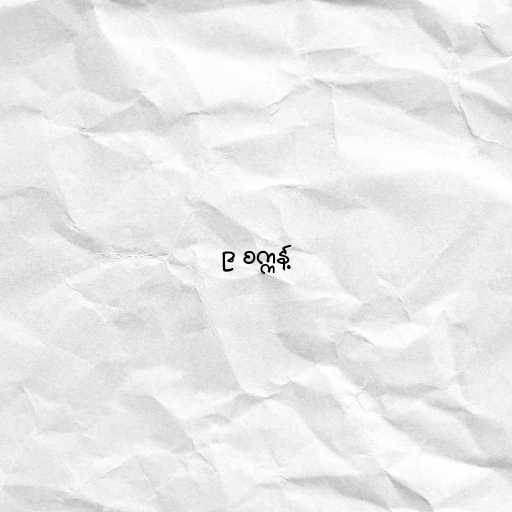
၉ စက္ကန့်